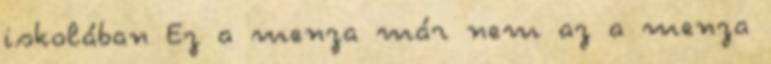
iskolában Ez a menza már nem az a menza